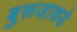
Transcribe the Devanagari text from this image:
बुरूजाकडे